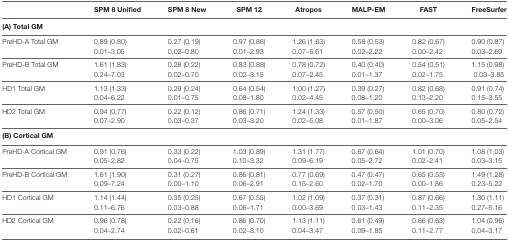
<table><thead><tr><td></td><td><b>SPM 8 Unified</b></td><td><b>SPM 8 New</b></td><td><b>SPM 12</b></td><td><b>Atropos</b></td><td><b>MALP-EM</b></td><td><b>FAST</b></td><td><b>FreeSurfer</b></td></tr></thead><tbody><tr><td colspan="8"><b>(A) Total GM</b></td></tr><tr><td rowspan="2">PreHD-A Total GM</td><td>0.89 (0.80)</td><td>0.27 (0.19)</td><td>0.97 (0.86)</td><td>1.26 (1.63)</td><td>0.58 (0.53)</td><td>0.82 (0.67)</td><td>0.90 (0.87)</td></tr><tr><td>0.01–3.05</td><td>0.02–0.80</td><td>0.01–2.93</td><td>0.07–5.61</td><td>0.02–2.22</td><td>0.00–2.42</td><td>0.03–2.69</td></tr><tr><td rowspan="2">PreHD-B Total GM</td><td>1.61 (1.83)</td><td>0.28 (0.22)</td><td>0.83 (0.88)</td><td>0.78 (0.72)</td><td>0.40 (0.40)</td><td>0.54 (0.51)</td><td>1.15 (0.98)</td></tr><tr><td>0.24–7.03</td><td>0.02–0.70</td><td>0.02–3.15</td><td>0.07–2.45</td><td>0.01–1.37</td><td>0.02–1.75</td><td>0.03–3.85</td></tr><tr><td rowspan="2">HD1 Total GM</td><td>1.13 (1.33)</td><td>0.29 (0.24)</td><td>0.64 (0.54)</td><td>1.00 (1.27)</td><td>0.39 (0.27)</td><td>0.82 (0.68)</td><td>0.91 (0.74)</td></tr><tr><td>0.04–6.22</td><td>0.01–0.75</td><td>0.08–1.80</td><td>0.02–4.45</td><td>0.08–1.20</td><td>0.13–2.20</td><td>0.15–3.55</td></tr><tr><td rowspan="2">HD2 Total GM</td><td>0.94 (0.77)</td><td>0.22 (0.12)</td><td>0.86 (0.71)</td><td>1.24 (1.33)</td><td>0.57 (0.50)</td><td>0.65 (0.70)</td><td>0.80 (0.72)</td></tr><tr><td>0.07–2.90</td><td>0.03–0.37</td><td>0.03–3.20</td><td>0.02–5.08</td><td>0.01–1.87</td><td>0.00–3.06</td><td>0.05–2.54</td></tr><tr><td colspan="8"><b>(B) Cortical GM</b></td></tr><tr><td rowspan="2">PreHD-A Cortical GM</td><td>0.91 (0.76)</td><td>0.33 (0.22)</td><td>1.03 (0.89)</td><td>1.31 (1.77)</td><td>0.67 (0.64)</td><td>1.01 (0.70)</td><td>1.08 (1.03)</td></tr><tr><td>0.05–2.82</td><td>0.04–0.75</td><td>0.10–3.32</td><td>0.09–6.19</td><td>0.05–2.72</td><td>0.02–2.41</td><td>0.03–3.15</td></tr><tr><td rowspan="2">PreHD-B Cortical GM</td><td>1.61 (1.90)</td><td>0.31 (0.27)</td><td>0.86 (0.81)</td><td>0.77 (0.69)</td><td>0.47 (0.47)</td><td>0.65 (0.53)</td><td>1.49 (1.28)</td></tr><tr><td>0.09–7.24</td><td>0.00–1.10</td><td>0.06–2.91</td><td>0.15–2.60</td><td>0.02–1.70</td><td>0.00–1.86</td><td>0.23–5.22</td></tr><tr><td rowspan="2">HD1 Cortical GM</td><td>1.14 (1.44)</td><td>0.35 (0.25)</td><td>0.67 (0.55)</td><td>1.02 (1.09)</td><td>0.37 (0.31)</td><td>0.87 (0.66)</td><td>1.30 (1.11)</td></tr><tr><td>0.11–6.76</td><td>0.03–0.88</td><td>0.06–1.71</td><td>0.00–3.69</td><td>0.03–1.43</td><td>0.11–2.35</td><td>0.27–5.16</td></tr><tr><td rowspan="2">HD2 Cortical GM</td><td>0.96 (0.78)</td><td>0.22 (0.16)</td><td>0.86 (0.70)</td><td>1.13 (1.11)</td><td>0.61 (0.49)</td><td>0.66 (0.63)</td><td>1.04 (0.96)</td></tr><tr><td>0.04–2.74</td><td>0.02–0.61</td><td>0.02–3.10</td><td>0.04–3.47</td><td>0.09–1.85</td><td>0.11–2.77</td><td>0.04–3.17</td></tr></tbody></table>